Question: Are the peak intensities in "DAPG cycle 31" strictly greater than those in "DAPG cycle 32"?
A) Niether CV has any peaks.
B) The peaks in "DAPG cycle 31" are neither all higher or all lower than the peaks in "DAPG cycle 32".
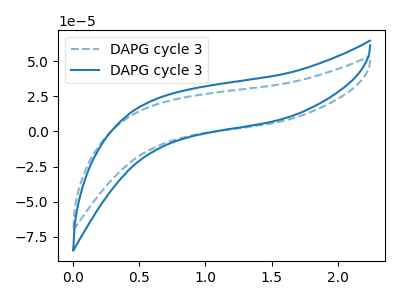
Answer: <think>The blue dashed curve "DAPG cycle 31" has no peaks. The blue curve "DAPG cycle 32" has no peaks.</think>
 <answer>A) Niether CV has any peaks.</answer>
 <eval>A</eval>